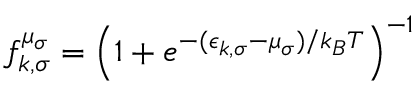
f _ { k , \sigma } ^ { \mu _ { \sigma } } = \left( 1 + e ^ { - ( \epsilon _ { k , \sigma } - \mu _ { \sigma } ) / k _ { B } T } \right) ^ { - 1 }